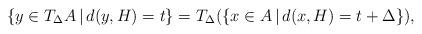
LaTeX: \begin{align*}\{y\in T_\Delta A\,|\, d(y,H)=t\}=T_\Delta(\{x\in A\,|\, d(x,H)=t+\Delta\}),\end{align*}